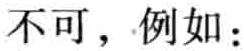
不可，例如：